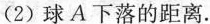
(2)球A下落的距离。